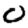
Digit: 0